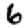
Digit: 6